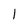
Character: l